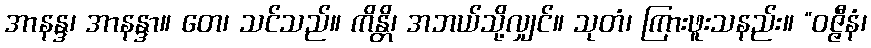
အာနန္ဒ၊ အာနန္ဒာ။ တေ၊ သင်သည်။ ကိန္တိ၊ အဘယ်သို့လျှင်။ သုတံ၊ ကြားဖူးသနည်း။ “ဝဇ္ဇီနံ၊